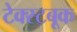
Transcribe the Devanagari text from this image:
टेक्स्टबूक